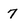
Character: 7